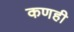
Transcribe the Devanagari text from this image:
कणही